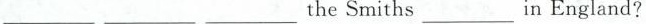
___ ___ ___the Smiths___in England?